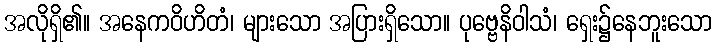
အလိုရှိ၏။ အနေကဝိဟိတံ၊ များသော အပြားရှိသော။ ပုဗ္ဗေနိဝါသံ၊ ရှေး၌နေဘူးသော